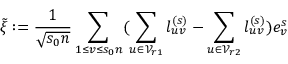
\tilde { \xi } : = \frac { 1 } { \sqrt { s _ { 0 } n } } \sum _ { 1 \le v \le s _ { 0 } n } ( \sum _ { u \in \mathcal { V } _ { r 1 } } l _ { u v } ^ { ( s ) } - \sum _ { u \in \mathcal { V } _ { r 2 } } l _ { u v } ^ { ( s ) } ) e _ { v } ^ { s }